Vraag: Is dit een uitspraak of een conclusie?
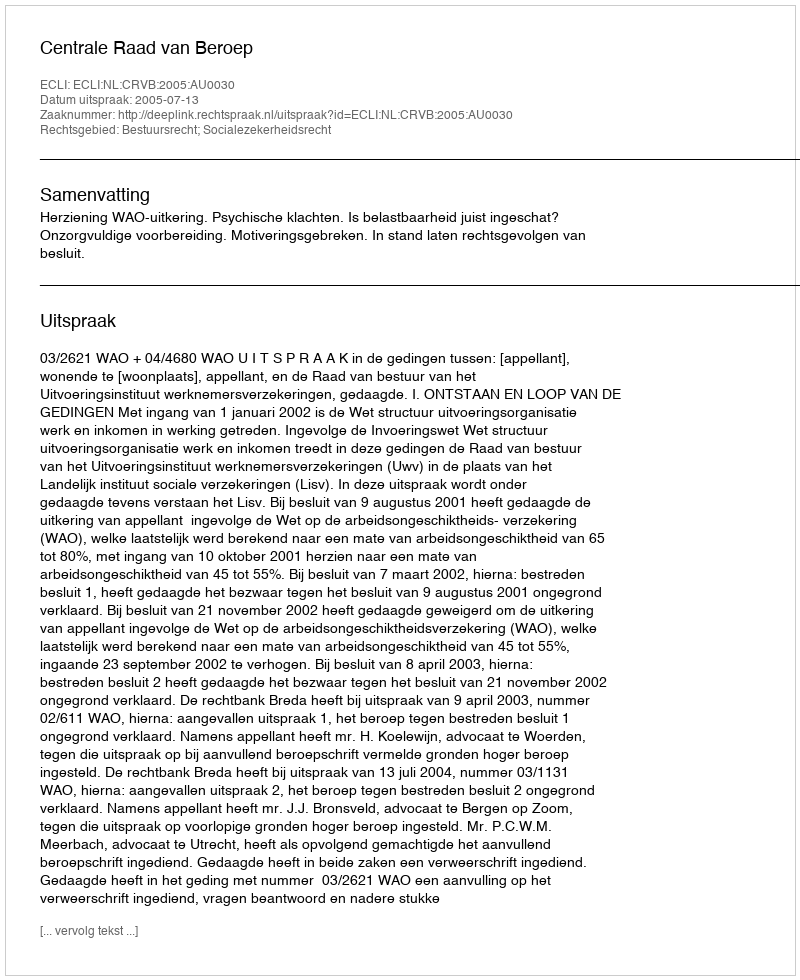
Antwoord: Uitspraak